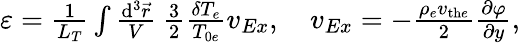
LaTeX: \begin{array}{r}{\varepsilon=\frac{1}{L_{T}}\int\frac{\mathrm{d}^{3}\vec{r}}{V}\: \frac{3}{2}\frac{\delta T_{e}}{T_{0e}}v_{Ex},\quad v_{Ex}=-\frac{\rho_{e}v_{\mathrm{th}e}}{2}\frac{\partial\varphi}{\partial y},}\end{array}